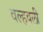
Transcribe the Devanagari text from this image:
वल्हवली